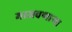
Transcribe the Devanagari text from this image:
माजवणाऱ्या